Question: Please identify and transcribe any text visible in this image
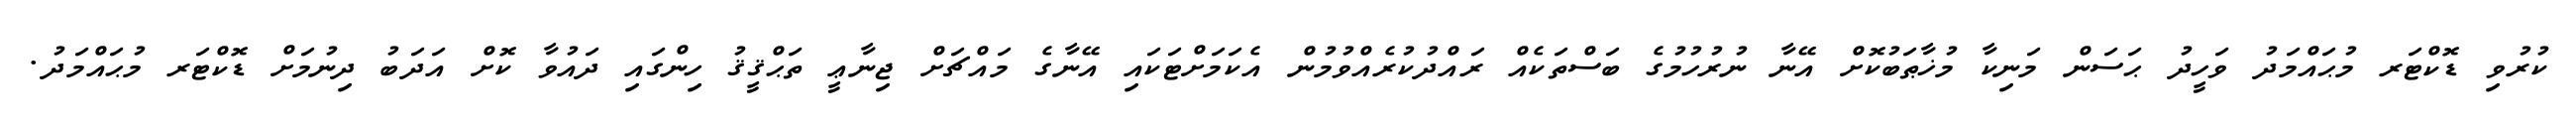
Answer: ކުރުވި ޑޮކްޓަރ މުޙައްމަދު ވަހީދު ޙަސަން މަނިކާ މުޚާޠަބުކޮށް އޭނާ ނުރުހުމުގެ ބަސްތަކެއް ރައްދުކުރެއްވުމުން އެކަމަށްޓަކައި އޭނާގެ މައްޗަށް ޖިނާޢީ ތަޙްޤީޤު ހިންގައި ދައުވާ ކޮށް އަދަބު ދިނުމަށް ޑޮކްޓަރ މުޙައްމަދު.